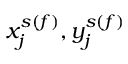
x _ { j } ^ { s ( f ) } , y _ { j } ^ { s ( f ) }